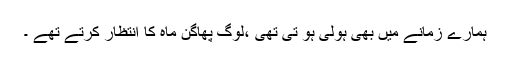
ہمارے زمانے میں بھی ہولی ہو تی تھی ،لوگ پھاگن ماہ کا انتظار کرتے تھے ۔